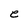
Character: e